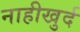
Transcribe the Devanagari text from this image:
नाहीखुर्द